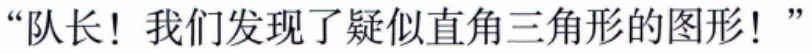
“队长！我们发现了疑似直角三角形的图形！”